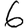
Digit: 6